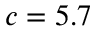
c = 5 . 7